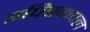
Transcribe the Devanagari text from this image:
इपिस्कपल